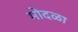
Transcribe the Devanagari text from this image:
मोदळा